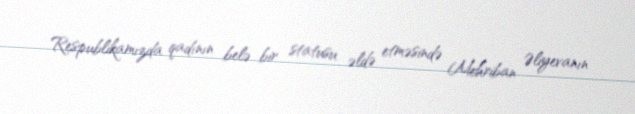
Respublikamızda qadının belə bir statusu əldə etməsində Mehriban Əliyevanın